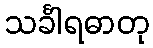
သင်္ခါရဓာတု